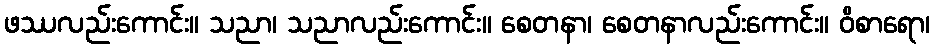
ဖဿလည်းကောင်း။ သညာ၊ သညာလည်းကောင်း။ စေတနာ၊ စေတနာလည်းကောင်း။ ဝိစာရော၊